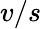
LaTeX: v/s